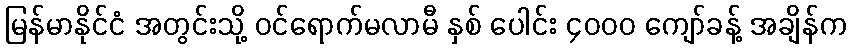
မြန်မာနိုင်ငံ အတွင်းသို့ ဝင်ရောက်မလာမီ နှစ် ပေါင်း ၄၀၀၀ ကျော်ခန့် အချိန်က